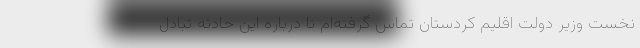
نخست وزیر دولت اقلیم کردستان تماس گرفته‌ام تا درباره این حادثه تبادل